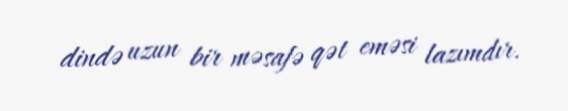
dində uzun bir məsafə qət eməsi lazımdır.